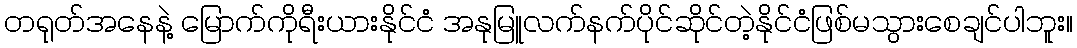
တရုတ်အနေနဲ့ မြောက်ကိုရီးယားနိုင်ငံ အနုမြူလက်နက်ပိုင်ဆိုင်တဲ့နိုင်ငံဖြစ်မသွားစေချင်ပါဘူး။